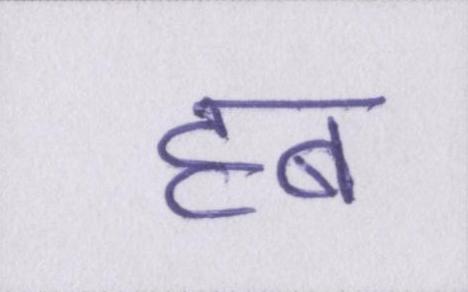
हब